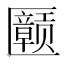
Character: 𪟲